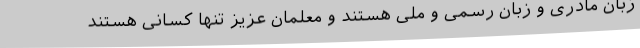
زبان مادری و زبان رسمی و ملی هستند و معلمان عزیز تنها کسانی هستند